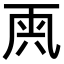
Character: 𠀺